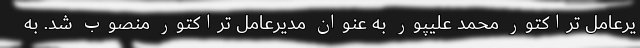
یرعامل تراکتور محمد علیپور به عنوان مدیرعامل تراکتور منصوب شد. به